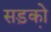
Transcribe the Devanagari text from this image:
सड़को़